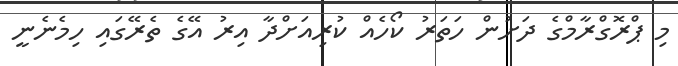
މި ޕްރޮގްރާމްގެ ދަށުން ހަތަރު ކޯހެއް ކުރިއަށްދާ އިރު އޭގެ ތެރޭގައި ހިމެނެނީ